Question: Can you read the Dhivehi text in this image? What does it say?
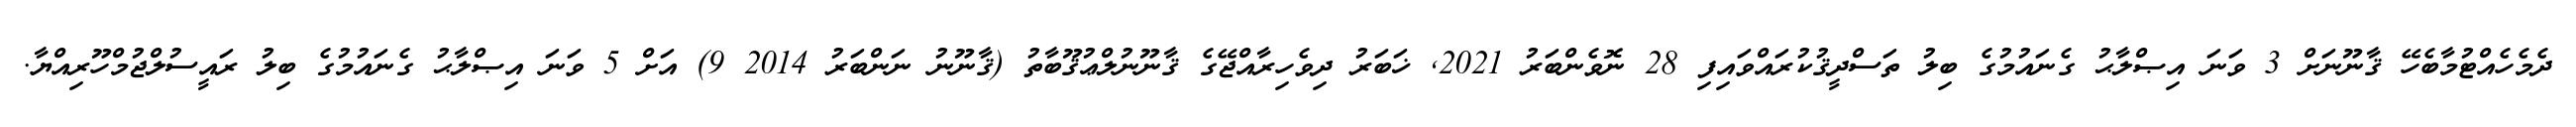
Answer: ދެމެހެއްޓުމާބެހޭ ޤާނޫނަށް 3 ވަނަ އިޞްލާޙު ގެނައުމުގެ ބިލު ތަސްދީޤުކުރައްވައިފި 28 ނޮވެންބަރު 2021, ޚަބަރު ދިވެހިރާއްޖޭގެ ޤާނޫނުލްޢުޤޫބާތު (ޤާނޫނު ނަންބަރު 2014 9) އަށް 5 ވަނަ އިޞްލާޙު ގެނައުމުގެ ބިލު ރައީސުލްޖުމްހޫރިއްޔާ.